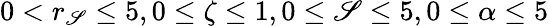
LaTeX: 0<r_{\mathscr{S}}\leq5,0\leq\zeta\leq1,0\leq\mathscr{S}\leq5,0\leq\alpha\leq5